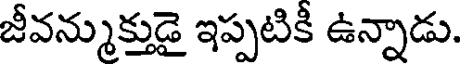
జీవన్ముక్తుడై ఇప్పటికీ ఉన్నాడు.